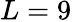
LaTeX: L=9